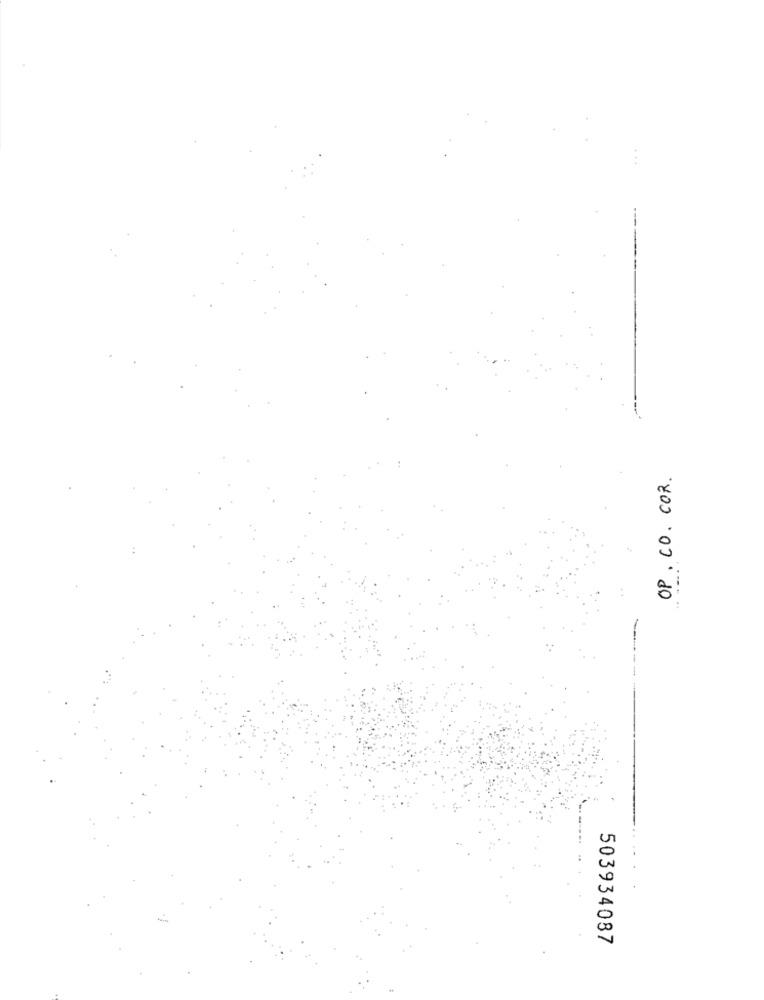
OP. CO. COR.
503934087